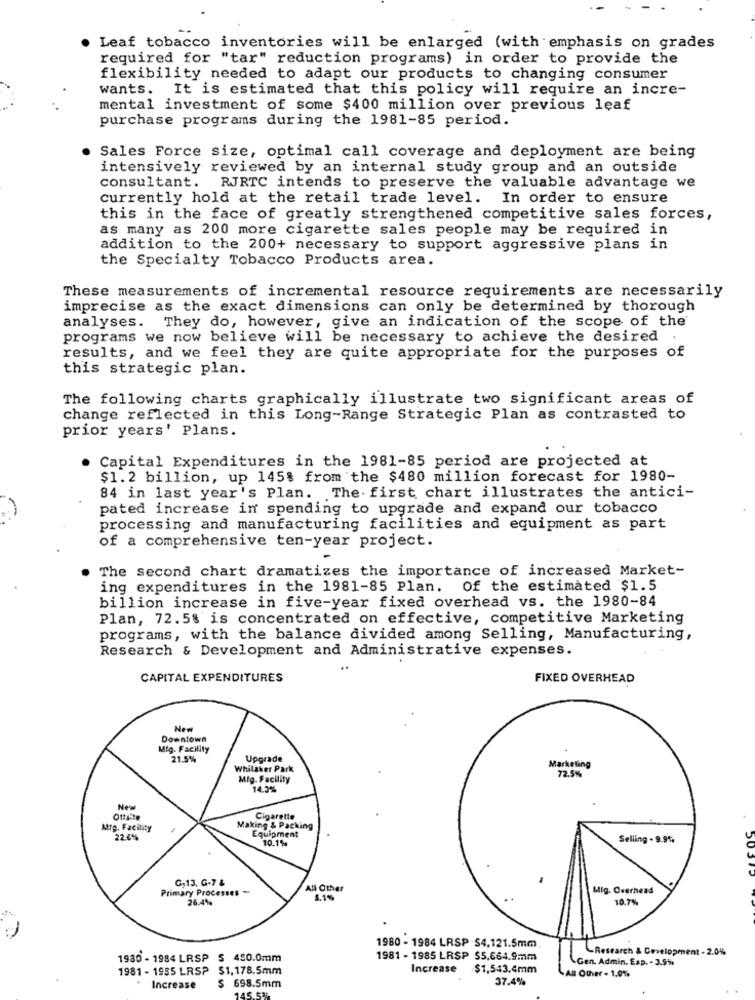
Leaf tobacco inventories will be enlarged (with emphasis on grades
required for "tar" reduction programs) in order to provide the
flexibility needed to adapt our products to changing consumer
wants. It is estimated that this policy will require an incre-
mental investment of some $400 million over previous leaf
purchase programs during the 1981-85 period.
Sales Force size, optimal call coverage and deployment are being
intensively reviewed by an internal study group and an outside
consultant. RJRTC intends to preserve the valuable advantage we
currently hold at the retail trade level. In order to ensure
this in the face of greatly strengthened competitive sales forces,
as many as 200 more cigarette sales people may be required in
addition to the 200+ necessary to support aggressive plans in
the Specialty Tobacco Products area.
These measurements of incremental resource requirements are necessarily
imprecise as the exact dimensions can only be determined by thorough
analyses. They do, however, give an indication of the scope of the
programs we now believe will be necessary to achieve the desired
results, and we feel they are quite appropriate for the purposes of
this strategic plan.
The following charts graphically illustrate two significant areas of
change reflected in this Long-Range Strategic Plan as contrasted to
prior years' Plans.
Capital Expenditures in the 1981-85 period are projected at
$1.2 billion, up 145% from the $480 million forecast for 1980-
84 in last year's Plan. The first chart illustrates the antici-
pated increase in spending to upgrade and expand our tobacco
processing and manufacturing facilities and equipment as part
of a comprehensive ten-year project.
The second chart dramatizes the importance of increased Market-
ing expenditures in the 1981-85 Plan. Of the estimated $1.5
billion increase in five-year fixed overhead vs. the 1980-84
Plan, 72.5% is concentrated on effective, competitive Marketing
programs, with the balance divided among Selling, Manufacturing,
Research & Development and Administrative expenses.
..
CAPITAL EXPENDITURES
FIXED OVERHEAD
New
Downtown
Mig. Facility
21.5%
Upgrade
Marketing
Whilaker Park
72.5%
Mig. Facility
14.3%
New
Cigarette
Attg. Facility
Making & Packing
Equipment
22.4%
10.1%
Selling . 9.9%.
G,13, G-7 &
Primary Processes -
All Other
Mig. Overhead
26.4%
8.1%
10.7%
1980 - 1984 LRSP $4,121.5mm
Research & Development - 2.0%
1980 - 1984 LRSP S 450.0mm
1981 - 1985 LRSP $5,664.9mm
Gen. Admin. Esp. - 3.5%
1981 - 1985 LRSP $1,178.5mm
Increase $1,543.4mm
37.4%
LAB Other - 1.0%
. Increase
$ 698.5mm